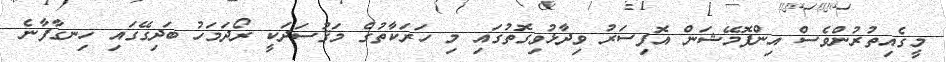
މީގެއިތުރުންވެސް އިންފޮމޭޝަން އޮފިސަރު ވިދާޅުވިގޮތުގައި މި ހަރަކާތުގެ މަޤުސަދަކީ ރޯދަމަހު ބަދިގޭގައި ހިނގާފާނެ